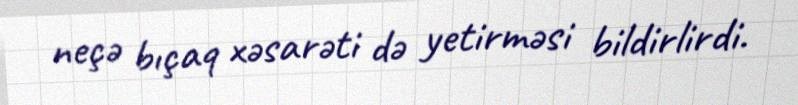
neçə bıçaq xəsarəti də yetirməsi bildirlirdi.